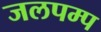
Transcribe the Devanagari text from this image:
जलपम्प